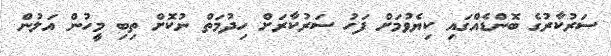
ސަރުކާރުގެ ބޮންޑެއްގައި ކިޔެވުމަށް ފަހު ސަރުކާރަށް ހިދުމަތް ނުކޮށް ތިބި މީހުން އަލުން